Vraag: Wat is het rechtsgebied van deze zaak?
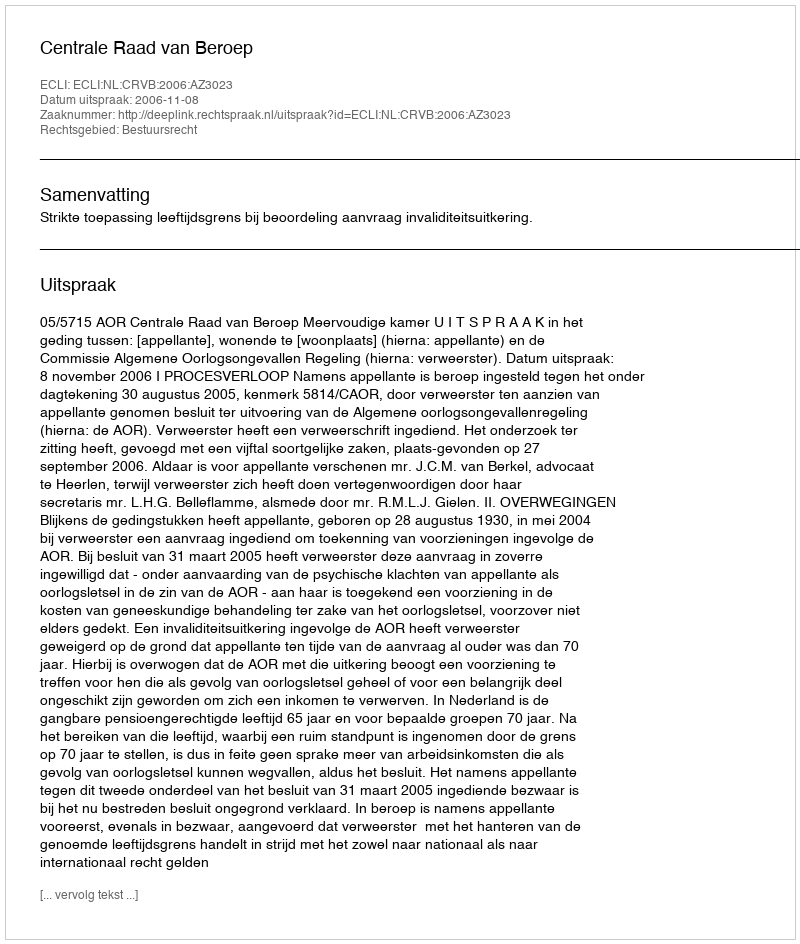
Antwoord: Bestuursrecht